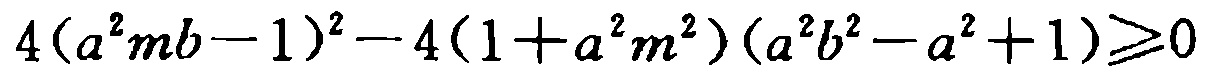
\(4(a^{2}mb - 1)^{2}-4(1 + a^{2}m^{2})(a^{2}b^{2}-a^{2}+1)\geqslant0\)